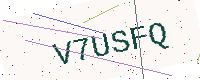
Text: V7USFQ